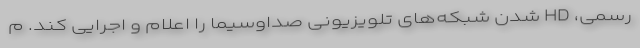
رسمی، HD شدن شبکه‌های تلویزیونی صداوسیما را اعلام و اجرایی کند. م